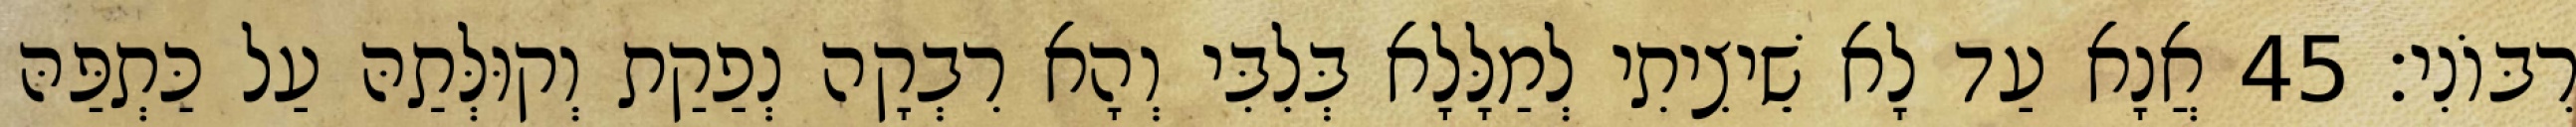
רִבּוֹנִי׃ 45 אֲנָא עַד לָא שֵׁיצִיתִי לְמַלָּלָא בְּלִבִּי וְהָא רִבְקָה נְפַקַת וְקוּלְּתַהּ עַל כַּתְפַּהּ